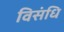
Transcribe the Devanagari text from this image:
विसंधि